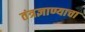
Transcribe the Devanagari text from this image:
तंत्रज्ञाण्याचा